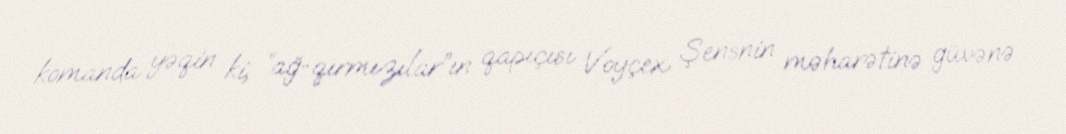
komanda yəqin ki, “ağ-qırmızılar”ın qapıçısı Voyçex Şensnin məharətinə güvənə